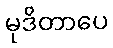
မုဒိတာပေ